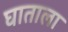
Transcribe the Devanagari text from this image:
घाताला